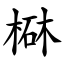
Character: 㮟